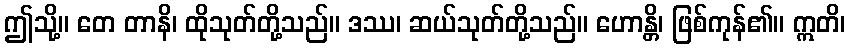
ဤသို့။ တေ တာနိ၊ ထိုသုတ်တို့သည်။ ဒဿ၊ ဆယ်သုတ်တို့သည်။ ဟောန္တိ၊ ဖြစ်ကုန်၏။ ဣတိ၊